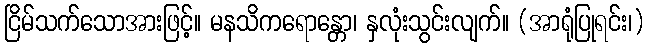
ငြိမ်သက်သောအားဖြင့်။ မနသိကရောန္တော၊ နှလုံးသွင်းလျက်။ (အာရုံပြုရင်း၊)